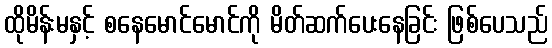
ထိုမိန်းမနှင့် စနေမောင်မောင်ကို မိတ်ဆက်ပေးနေခြင်း ဖြစ်ပေသည်